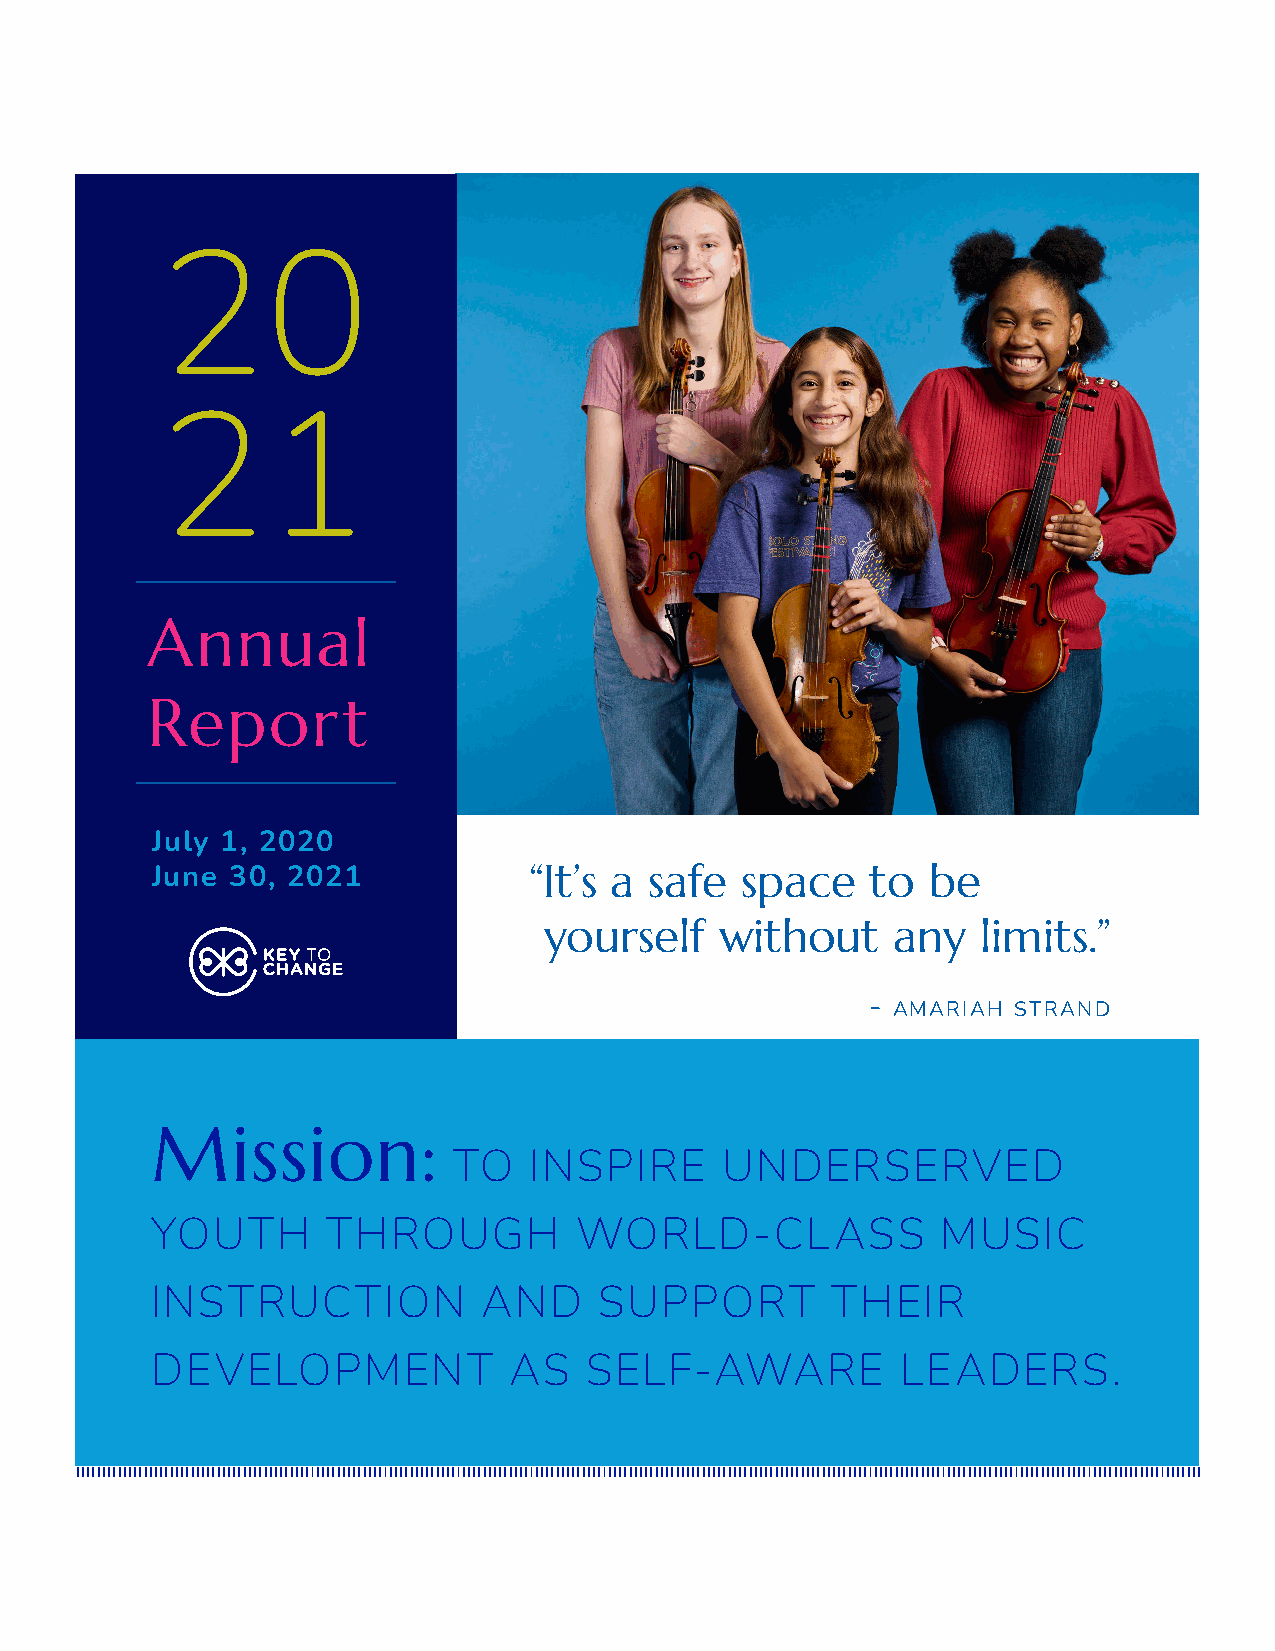
20
 21
 Annual
 Report
 July 1, 2020
 June 30, 2021            “It’s a safe  space    to  be
 yourself    without    any   limits.”
 -
 amariah strand
 Mission:
 TO   INSPIRE      UNDERSERVED
 YOUTH       THROUGH         WORLD-CLASS             MUSIC
 INSTRUCTION           AND     SUPPORT        THEIR
 DEVELOPMENT             AS   SELF-AWARE           LEADERS.